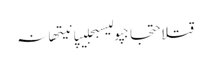
قتلاحتجاجپولیسبجلیپانیتھانہ